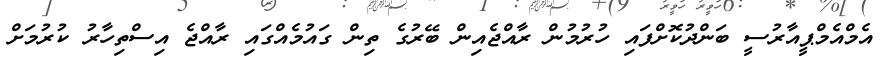
އެމްއެމްޕީއާރުސީ ބަންދުކޮށްފައި ހުރުމުން ރާއްޖެއިން ބޭރުގެ ތިން ގައުމެއްގައި ރާއްޖެ އިސްތިހާރު ކުރުމަށް